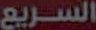
السريع